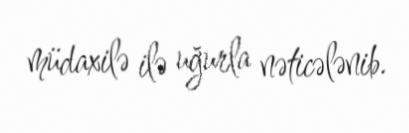
müdaxilə ilə uğurla nəticələnib.